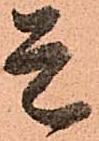
是